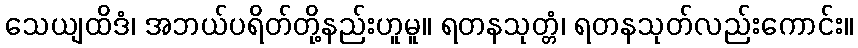
သေယျထိဒံ၊ အဘယ်ပရိတ်တို့နည်းဟူမူ။ ရတနသုတ္တံ၊ ရတနသုတ်လည်းကောင်း။